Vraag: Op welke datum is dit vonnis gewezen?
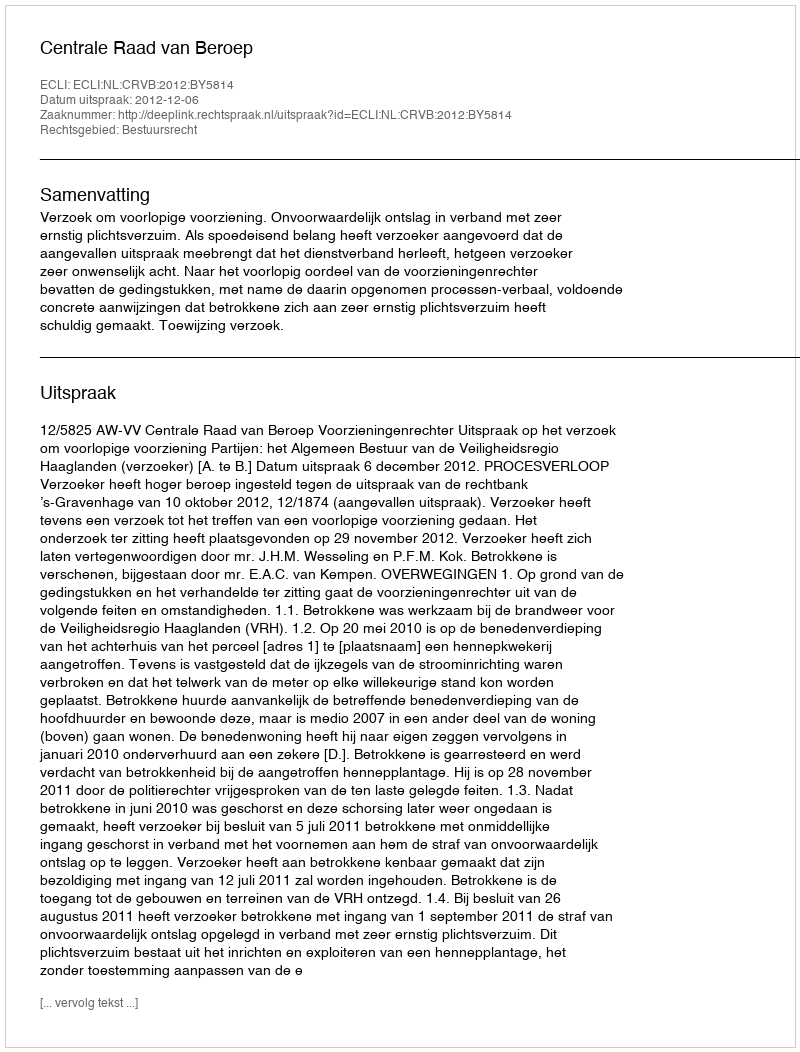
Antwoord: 2012-12-06